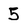
Character: 5